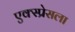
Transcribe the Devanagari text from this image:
एक्स्प्रेसला